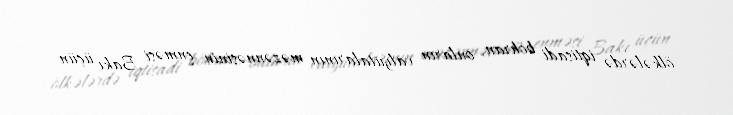
ölkələrdə iqtisadi böhran, onların valyutalarının məzənnəsinin enməsi Bakı üçün